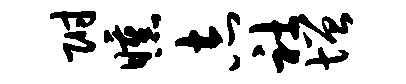
附曛志社增